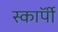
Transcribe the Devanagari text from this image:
स्काॅर्पी